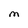
Character: M